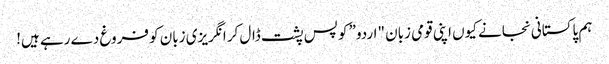
ہم پاکستانی نجانے کیوں اپنی قومی زبان "اردو” کو پس پشت ڈال کر انگریزی زبان کو فروغ دے رہے ہیں!